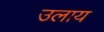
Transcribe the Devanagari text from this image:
उलाय